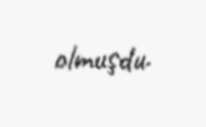
olmuşdu.